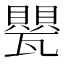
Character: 甖